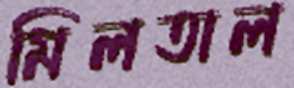
মিলতাল